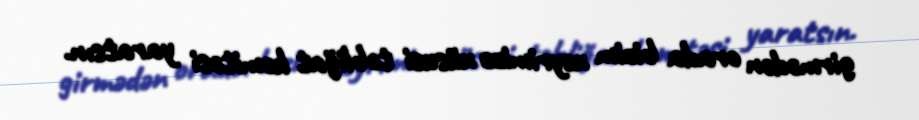
girmədən orada bizim xeyrimizə xüsusi təbliğat komitəsi yaratsın.